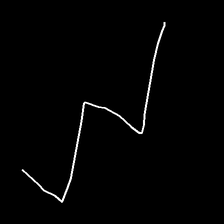
Glyph: crush